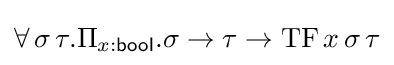
\forall \,\sigma \,\tau .\Pi _{x:{\mathsf {bool}}}.\sigma \to \tau \to \mathrm {TF} \,x\,\sigma \,\tau